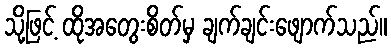
သို့ဖြင့် ထိုအတွေးစိတ်မှ ချက်ချင်းဖျောက်သည်။